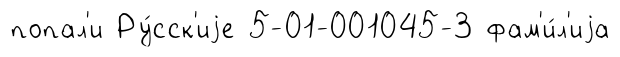
попал'и Ру́сск'иjе 5-01-001045-3 фам'и́л'иjа